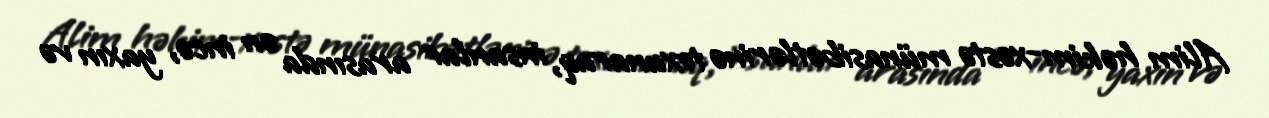
Alim həkim-xəstə münasibətlərinə toxunaraq, insanlar arasında ən incə, yaxın və